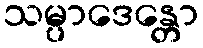
သမ္ပာဒေန္တော